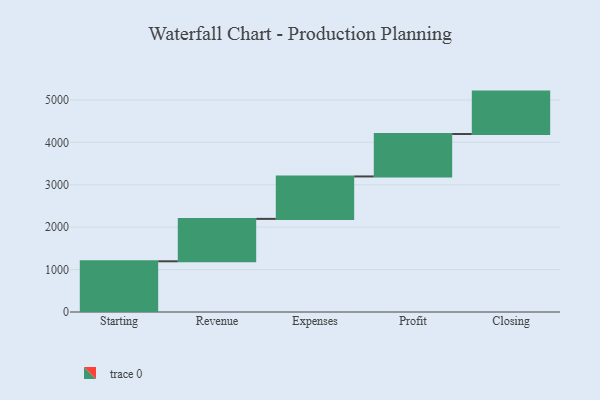
{"axis": {"x": "Step", "y": "Value"}, "legend": [""], "data": [{"x": "Starting", "y": 1195.0, "type": ""}, {"x": "Revenue", "y": 1000, "type": ""}, {"x": "Expenses", "y": 1000, "type": ""}, {"x": "Profit", "y": 1000, "type": ""}, {"x": "Closing", "y": 1000, "type": ""}]}